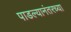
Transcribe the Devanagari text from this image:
पाडल्यानंतरच्या